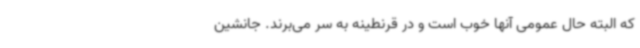
که البته حال عمومی آنها خوب است و در قرنطینه به سر می‌برند. جانشین